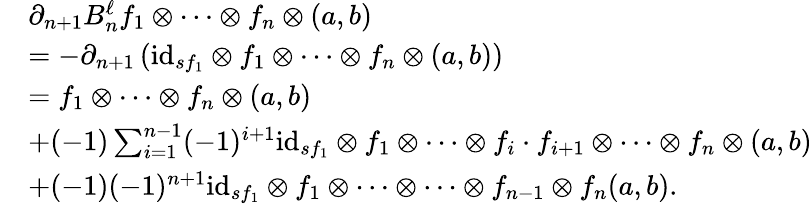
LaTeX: \begin{array}{rl}&{\partial_{n+1}B_{n}^{\ell}f_{1}\otimes\dots\otimes f_{n}\otimes(a,b)}\\ &{=-\partial_{n+1}\left(\mathrm{id}_{sf_{1}}\otimes f_{1}\otimes\dots\otimes f_{n}\otimes(a,b)\right)}\\ &{=f_{1}\otimes\dots\otimes f_{n}\otimes(a,b)}\\ &{+(-1)\sum_{i=1}^{n-1}(-1)^{i+1}\mathrm{id}_{sf_{1}}\otimes f_{1}\otimes\dots\otimes f_{i}\cdot f_{i+1}\otimes\dots\otimes f_{n}\otimes(a,b)}\\ &{+(-1)(-1)^{n+1}\mathrm{id}_{sf_{1}}\otimes f_{1}\otimes\dots\otimes\dots\otimes f_{n-1}\otimes f_{n}(a,b).}\end{array}